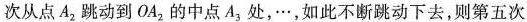
次从点A_{2}跳动到OA_{2}的中点A_{3}，处，…，如此不断跳动下去，则第五次